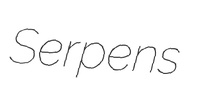
Serpens